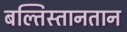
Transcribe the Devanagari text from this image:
बल्तिस्तानतान